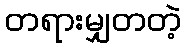
တရားမျှတတဲ့